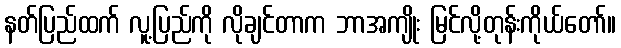
နတ်ပြည်ထက် လူ့ပြည်ကို လိုချင်တာက ဘာအကျိုး မြင်လို့တုန်းကိုယ်တော်။